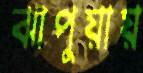
ঝাপুয়ায়